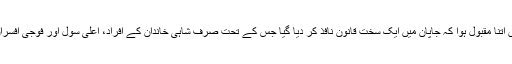
چین اور کوریا سے ہوتا ہوا جب پتنگ بازی کا یہ فن جاپان پہنچا تو عوام میں اتنا مقبول ہوا کہ جاپان میں ایک سخت قانون نافذ کر دیا گیا جس کے تحت صرف شاہی خاندان کے افراد، اعٰلی سِول اور فوجی افسران، اور چند مراعات یافتہ معزز شہریوں کو پتنگ اڑانے کی اجازت دی گئی۔